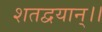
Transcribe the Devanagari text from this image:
शतद्वयान्।।